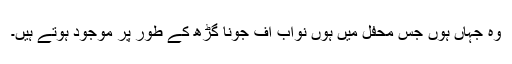
وہ جہاں ہوں جس محفل میں ہوں نواب آف جونا گڑھ کے طور پر موجود ہوتے ہیں۔